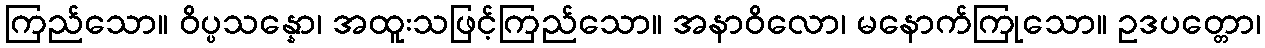
ကြည်သော။ ဝိပ္ပသန္နော၊ အထူးသဖြင့်ကြည်သော။ အနာဝိလော၊ မနောက်ကြုသော။ ဥဒပတ္တော၊